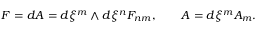
{ \cal F } = d A = d \xi ^ { m } \wedge d \xi ^ { n } { \cal F } _ { n m } , \qquad A = d \xi ^ { m } A _ { m } .